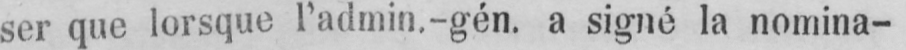
ser que lorsque l’admin.-gén. a signé la nomina-